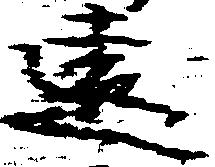
遠